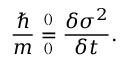
\frac { \hbar } { m } \overset { ^ { ( ) } } { \underset { ^ { ( ) } } { = } } \frac { \delta \sigma ^ { 2 } } { \delta t } .